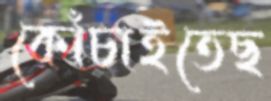
কোঁচাইতেছ